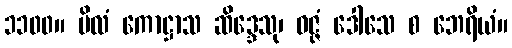
၁၁၀၀။ ဗိလံ ကောဋ္ဌာသ ဆိဒ္ဒေသု၊ ဝဇ္ဇံ ဒေါသေ စ ဘေရိယံ။